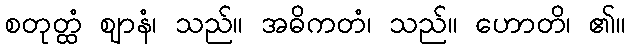
စတုတ္ထံ ဈာနံ၊ သည်။ အဓိကတံ၊ သည်။ ဟောတိ၊ ၏။